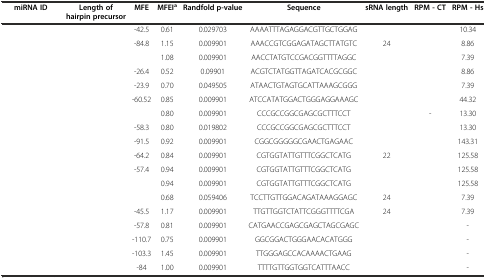
<table><thead><tr><td><b>miRNA ID</b></td><td><b>Length of hairpin precursor</b></td><td><b>MFE</b></td><td><b>MFEI<sup>a</sup></b></td><td><b>Randfold p-value</b></td><td><b>Sequence</b></td><td><b>sRNA length</b></td><td><b>RPM - CT</b></td><td><b>RPM - Hs</b></td></tr></thead><tbody><tr><td>[EMPTY_CELL]</td><td>[EMPTY_CELL]</td><td>-42.5</td><td>0.61</td><td>0.029703</td><td>AAAATTTAGAGGACGTTGCTGGAG</td><td>[EMPTY_CELL]</td><td>[EMPTY_CELL]</td><td>10.34</td></tr><tr><td>[EMPTY_CELL]</td><td>[EMPTY_CELL]</td><td>-84.8</td><td>1.15</td><td>0.009901</td><td>AAACCGTCGGAGATAGCTTATGTC</td><td>24</td><td>[EMPTY_CELL]</td><td>8.86</td></tr><tr><td>[EMPTY_CELL]</td><td>[EMPTY_CELL]</td><td>[EMPTY_CELL]</td><td>1.08</td><td>0.009901</td><td>AACCTATGTCCGACGGTTTTAGGC</td><td>[EMPTY_CELL]</td><td>[EMPTY_CELL]</td><td>7.39</td></tr><tr><td>[EMPTY_CELL]</td><td>[EMPTY_CELL]</td><td>-26.4</td><td>0.52</td><td>0.09901</td><td>ACGTCTATGGTTAGATCACGCGGC</td><td>[EMPTY_CELL]</td><td>[EMPTY_CELL]</td><td>8.86</td></tr><tr><td>[EMPTY_CELL]</td><td>[EMPTY_CELL]</td><td>-23.9</td><td>0.70</td><td>0.049505</td><td>ATAACTGTAGTGCATTAAAGCGGG</td><td>[EMPTY_CELL]</td><td>[EMPTY_CELL]</td><td>7.39</td></tr><tr><td>[EMPTY_CELL]</td><td>[EMPTY_CELL]</td><td>-60.52</td><td>0.85</td><td>0.009901</td><td>ATCCATATGGACTGGGAGGAAAGC</td><td>[EMPTY_CELL]</td><td>[EMPTY_CELL]</td><td>44.32</td></tr><tr><td>[EMPTY_CELL]</td><td>[EMPTY_CELL]</td><td>[EMPTY_CELL]</td><td>0.80</td><td>0.009901</td><td>CCCGCCGGCGAGCGCTTTCCT</td><td>[EMPTY_CELL]</td><td>-</td><td>13.30</td></tr><tr><td>[EMPTY_CELL]</td><td>[EMPTY_CELL]</td><td>-58.3</td><td>0.80</td><td>0.019802</td><td>CCCGCCGGCGAGCGCTTTCCT</td><td>[EMPTY_CELL]</td><td>[EMPTY_CELL]</td><td>13.30</td></tr><tr><td>[EMPTY_CELL]</td><td>[EMPTY_CELL]</td><td>-91.5</td><td>0.92</td><td>0.009901</td><td>CGGCGGGGGCGAACTGAGAAC</td><td>[EMPTY_CELL]</td><td>[EMPTY_CELL]</td><td>143.31</td></tr><tr><td>[EMPTY_CELL]</td><td>[EMPTY_CELL]</td><td>-64.2</td><td>0.84</td><td>0.009901</td><td>CGTGGTATTGTTTCGGCTCATG</td><td>22</td><td>[EMPTY_CELL]</td><td>125.58</td></tr><tr><td>[EMPTY_CELL]</td><td>[EMPTY_CELL]</td><td>-57.4</td><td>0.94</td><td>0.009901</td><td>CGTGGTATTGTTTCGGCTCATG</td><td>[EMPTY_CELL]</td><td>[EMPTY_CELL]</td><td>125.58</td></tr><tr><td>[EMPTY_CELL]</td><td>[EMPTY_CELL]</td><td>[EMPTY_CELL]</td><td>0.94</td><td>0.009901</td><td>CGTGGTATTGTTTCGGCTCATG</td><td>[EMPTY_CELL]</td><td>[EMPTY_CELL]</td><td>125.58</td></tr><tr><td>[EMPTY_CELL]</td><td>[EMPTY_CELL]</td><td>[EMPTY_CELL]</td><td>0.68</td><td>0.059406</td><td>TCCTTGTTGGACAGATAAAGGAGC</td><td>24</td><td>[EMPTY_CELL]</td><td>7.39</td></tr><tr><td>[EMPTY_CELL]</td><td>[EMPTY_CELL]</td><td>-45.5</td><td>1.17</td><td>0.009901</td><td>TTGTTGGTCTATTCGGGTTTTCGA</td><td>24</td><td>[EMPTY_CELL]</td><td>7.39</td></tr><tr><td>[EMPTY_CELL]</td><td>[EMPTY_CELL]</td><td>-57.8</td><td>0.81</td><td>0.009901</td><td>CATGAACCGAGCGAGCTAGCGAGC</td><td>[EMPTY_CELL]</td><td>[EMPTY_CELL]</td><td>-</td></tr><tr><td>[EMPTY_CELL]</td><td>[EMPTY_CELL]</td><td>-110.7</td><td>0.75</td><td>0.009901</td><td>GGCGGACTGGGAACACATGGG</td><td>[EMPTY_CELL]</td><td>[EMPTY_CELL]</td><td>-</td></tr><tr><td>[EMPTY_CELL]</td><td>[EMPTY_CELL]</td><td>-103.3</td><td>1.45</td><td>0.009901</td><td>TTGGGAGCCACAAAACTGAAG</td><td>[EMPTY_CELL]</td><td>[EMPTY_CELL]</td><td>-</td></tr><tr><td>[EMPTY_CELL]</td><td>[EMPTY_CELL]</td><td>-84</td><td>1.00</td><td>0.009901</td><td>TTTTGTTGGTGGTCATTTAACC</td><td>[EMPTY_CELL]</td><td>[EMPTY_CELL]</td><td>-</td></tr></tbody></table>